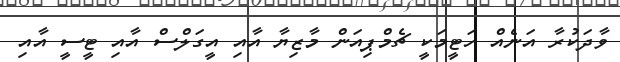
ވާދަކުރާ އަނެއް ހަޓީމަކީ ޗެމްޕިއަން މާޒިޔާ އާއި އީގަލްސް އާއި ޓީސީ އާއި